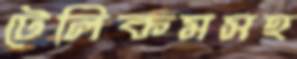
টেলিকমসহ